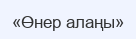
«Өнер алаңы»